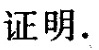
证明.